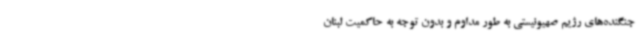
جنگنده‌های رژیم صهیونیستی به طور مداوم و بدون توجه به حاکمیت لبنان